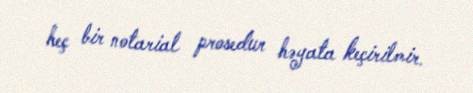
heç bir notarial prosedur həyata keçirilmir.